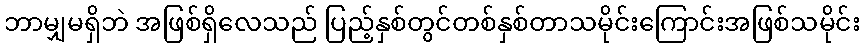
ဘာမျှမရှိဘဲ အဖြစ်ရှိလေသည် ပြည့်နှစ်တွင်တစ်နှစ်တာသမိုင်းကြောင်းအဖြစ်သမိုင်း